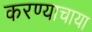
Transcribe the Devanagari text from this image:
करण्याचाया